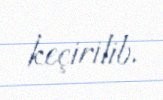
keçirilib.